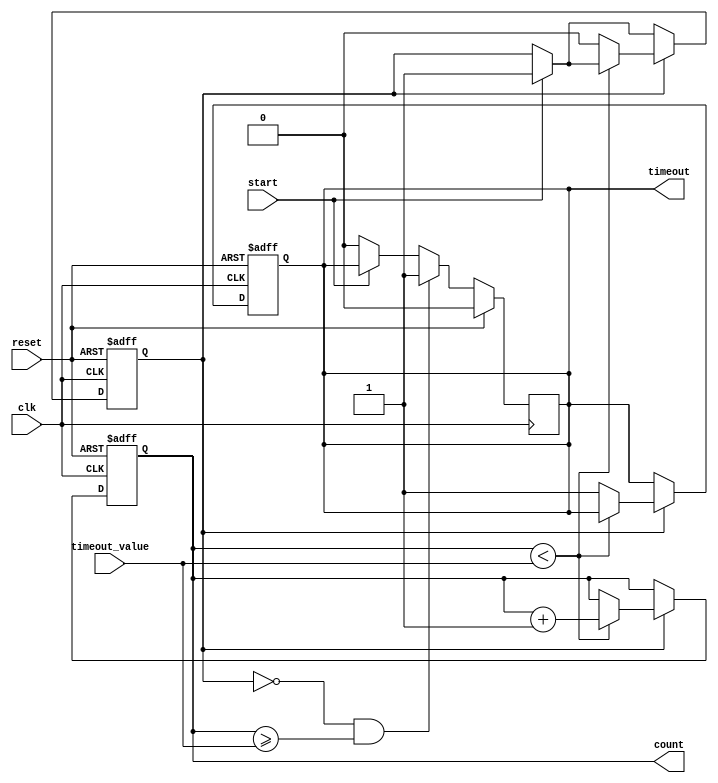
module timeout_counter #(
    parameter WIDTH = 8 // Parameter to define width of the counter
)(
    input wire clk,                 // Clock input
    input wire reset,               // Asynchronous active-high reset
    input wire start,               // Active-high signal to start counting
    input wire [WIDTH-1:0] timeout_value, // Parameterized timeout value
    output reg timeout,             // Active-high timeout output
    output reg [WIDTH-1:0] count    // Current count output
);

    // State variables
    reg counting;   // Indicates if the counter is currently counting

    // Asynchronous reset
    always @(posedge clk or posedge reset) begin
        if (reset) begin
            count <= 0;             // Reset count to zero
            timeout <= 0;           // Reset timeout signal
            counting <= 0;          // Reset counting state
        end else begin
            if (start) begin
                counting <= 1;       // Enable counting on start
            end
            
            // Count only if counting is enabled and timeout has not yet occurred
            if (counting) begin
                if (count < timeout_value) begin
                    count <= count + 1; // Increment count
                end else begin
                    timeout <= 1;       // Set timeout signal when limit is reached
                    counting <= 0;      // Stop counting
                end
            end
        end
    end

    // Logic to keep timeout signal low while counting is reset
    always @(posedge clk) begin
        if (reset) begin
            timeout <= 0; // Clear timeout on reset
        end else if (counting == 0 && count >= timeout_value) begin
            // Maintain timeout signal if we are not counting and timeout condition is met
            timeout <= 1;
        end else if (start == 0) begin
            // Reset timeout if counting is stopped
            timeout <= 0;
        end
    end

endmodule